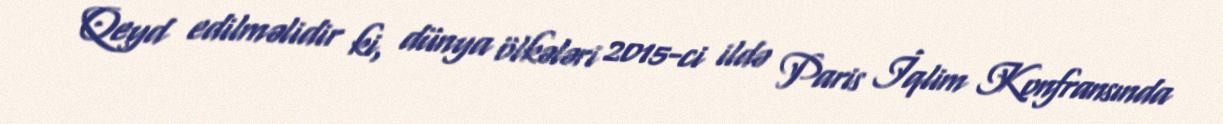
Qeyd edilməlidir ki, dünya ölkələri 2015-ci ildə Paris İqlim Konfransında